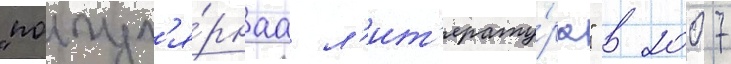
"попул'я́рнаа л'ит'ерату́ра" в 2007